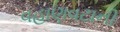
વહાણવટાની